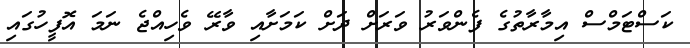
ކަސްޓަމްސް އިމާރާތުގެ ފެންވަރު ވަރަށް ދަށް ކަމަށާއި ވާރޭ ވެހިއްޖެ ނަމަ އޮފީހުގައި